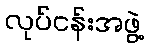
လုပ်ငန်းအဖွဲ့